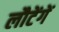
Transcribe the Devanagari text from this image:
लौटेंगें